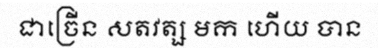
ជាច្រើន សតវត្ស មក ហើយ បាន